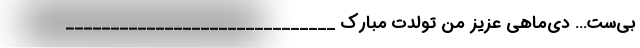
بی‌ست… دی‌ماهی عزیز من تولدت مبارک ______________________________